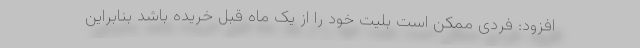
افزود: فردی ممکن است بلیت خود را از یک ماه قبل خریده باشد بنابراین